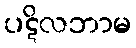
ပဋိလဘာမ